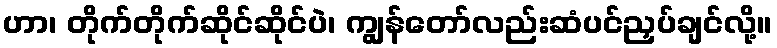
ဟာ၊ တိုက်တိုက်ဆိုင်ဆိုင်ပဲ၊ ကျွန်တော်လည်းဆံပင်ညှပ်ချင်လို့။